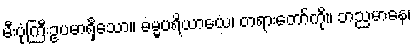
မီးပုံကြီးဥပမာရှိသော။ ဓမ္မပရိယာယေ၊ တရားတော်ကို။ ဘညမာနေ၊